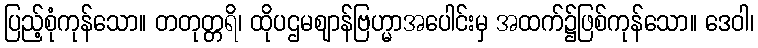
ပြည့်စုံကုန်သော။ တတုတ္တရိ၊ ထိုပဌမဈာန်ဗြဟ္မာအပေါင်းမှ အထက်၌ဖြစ်ကုန်သော။ ဒေဝါ၊